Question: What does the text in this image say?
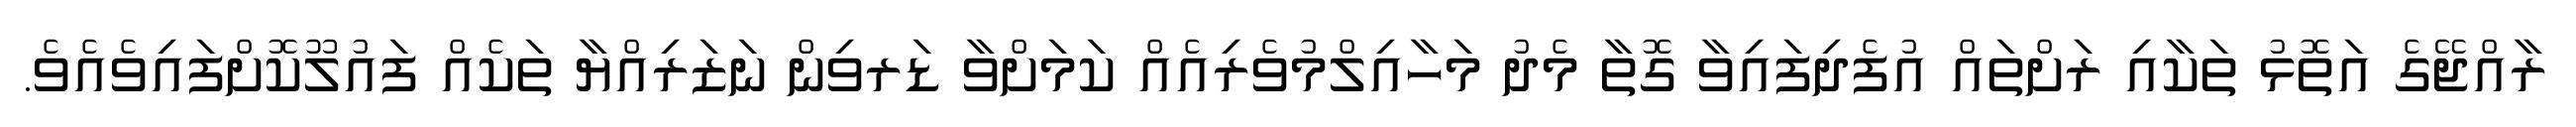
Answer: ރާއްޖޭގެ އަތޮޅު ތަކާއި ރަށްތައް އުފެދިފައިވާ ގޮތާ މެދު މަހާއިލްމުވެރިއެއް ކަމަށްވާ ޑަރވިން ނަޒަރިއްޔާ ތަކެއް ފައުލޫކޮށްފައިވެއެވެ.